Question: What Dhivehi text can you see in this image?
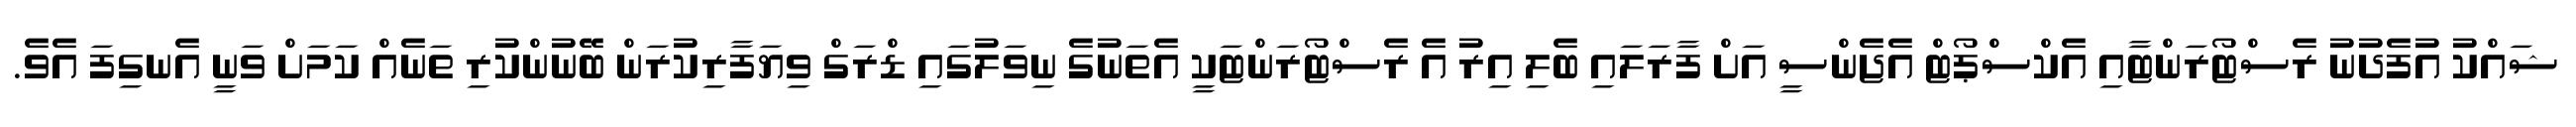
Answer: ޝައްކު އުފެދުނު ރެސްޓޯރަންޓާއި އެކްސްޕޯޓް އެޖެންސީ އަށް ފާރަލައި ބެލި އިރު އެ ރެސްޓޯރަންޓަކީ އެތަނުގެ ނިވަލުގައި ޑްރަގް ވިޔަފާރިކުރަން ބޭނުންކުރި ތަނެއް ކަމަށް ވަނީ އެނގިފަ އެވެ.